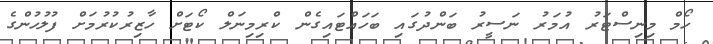
ހޯމް މިނިސްޓަރު އުމަރު ނަސީރު ބަންދުގައި ބަހައްޓައިގެން ކްރިމިނަލް ކޯޓަށް ހާޒިރުކުރުމަށް ފުލުހުންގެ